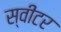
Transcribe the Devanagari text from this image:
स्वीटर